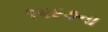
૧૫૯૭ના